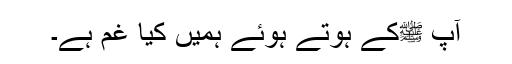
آپ ﷺکے ہوتے ہوئے ہمیں کیا غم ہے۔